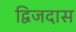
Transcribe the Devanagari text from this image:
द्विजदास